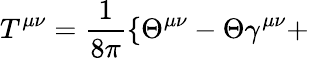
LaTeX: T^{\mu\nu}=\frac{1}{8\pi}\{ \Theta^{\mu\nu}-\Theta\gamma^{\mu\nu}+